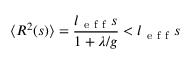
\langle R ^ { 2 } ( s ) \rangle = \frac { l _ { \mathrm { ~ e ~ f ~ f ~ } } s } { 1 + \lambda / g } < l _ { \mathrm { ~ e ~ f ~ f ~ } } s